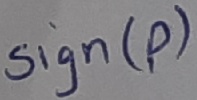
Text: sign(p)